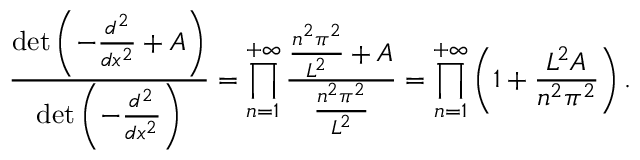
{ \frac { \operatorname* { d e t } \left( - { \frac { d ^ { 2 } } { d x ^ { 2 } } } + A \right) } { \operatorname* { d e t } \left( - { \frac { d ^ { 2 } } { d x ^ { 2 } } } \right) } } = \prod _ { n = 1 } ^ { + \infty } { \frac { { \frac { n ^ { 2 } \pi ^ { 2 } } { L ^ { 2 } } } + A } { \frac { n ^ { 2 } \pi ^ { 2 } } { L ^ { 2 } } } } = \prod _ { n = 1 } ^ { + \infty } \left( 1 + { \frac { L ^ { 2 } A } { n ^ { 2 } \pi ^ { 2 } } } \right) .